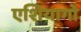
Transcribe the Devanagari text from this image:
एशियागो